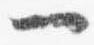
一